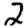
Digit: 2